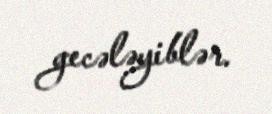
gecələyiblər.